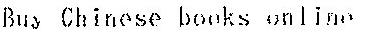
BUY CHINESE BOOKS ONLINE